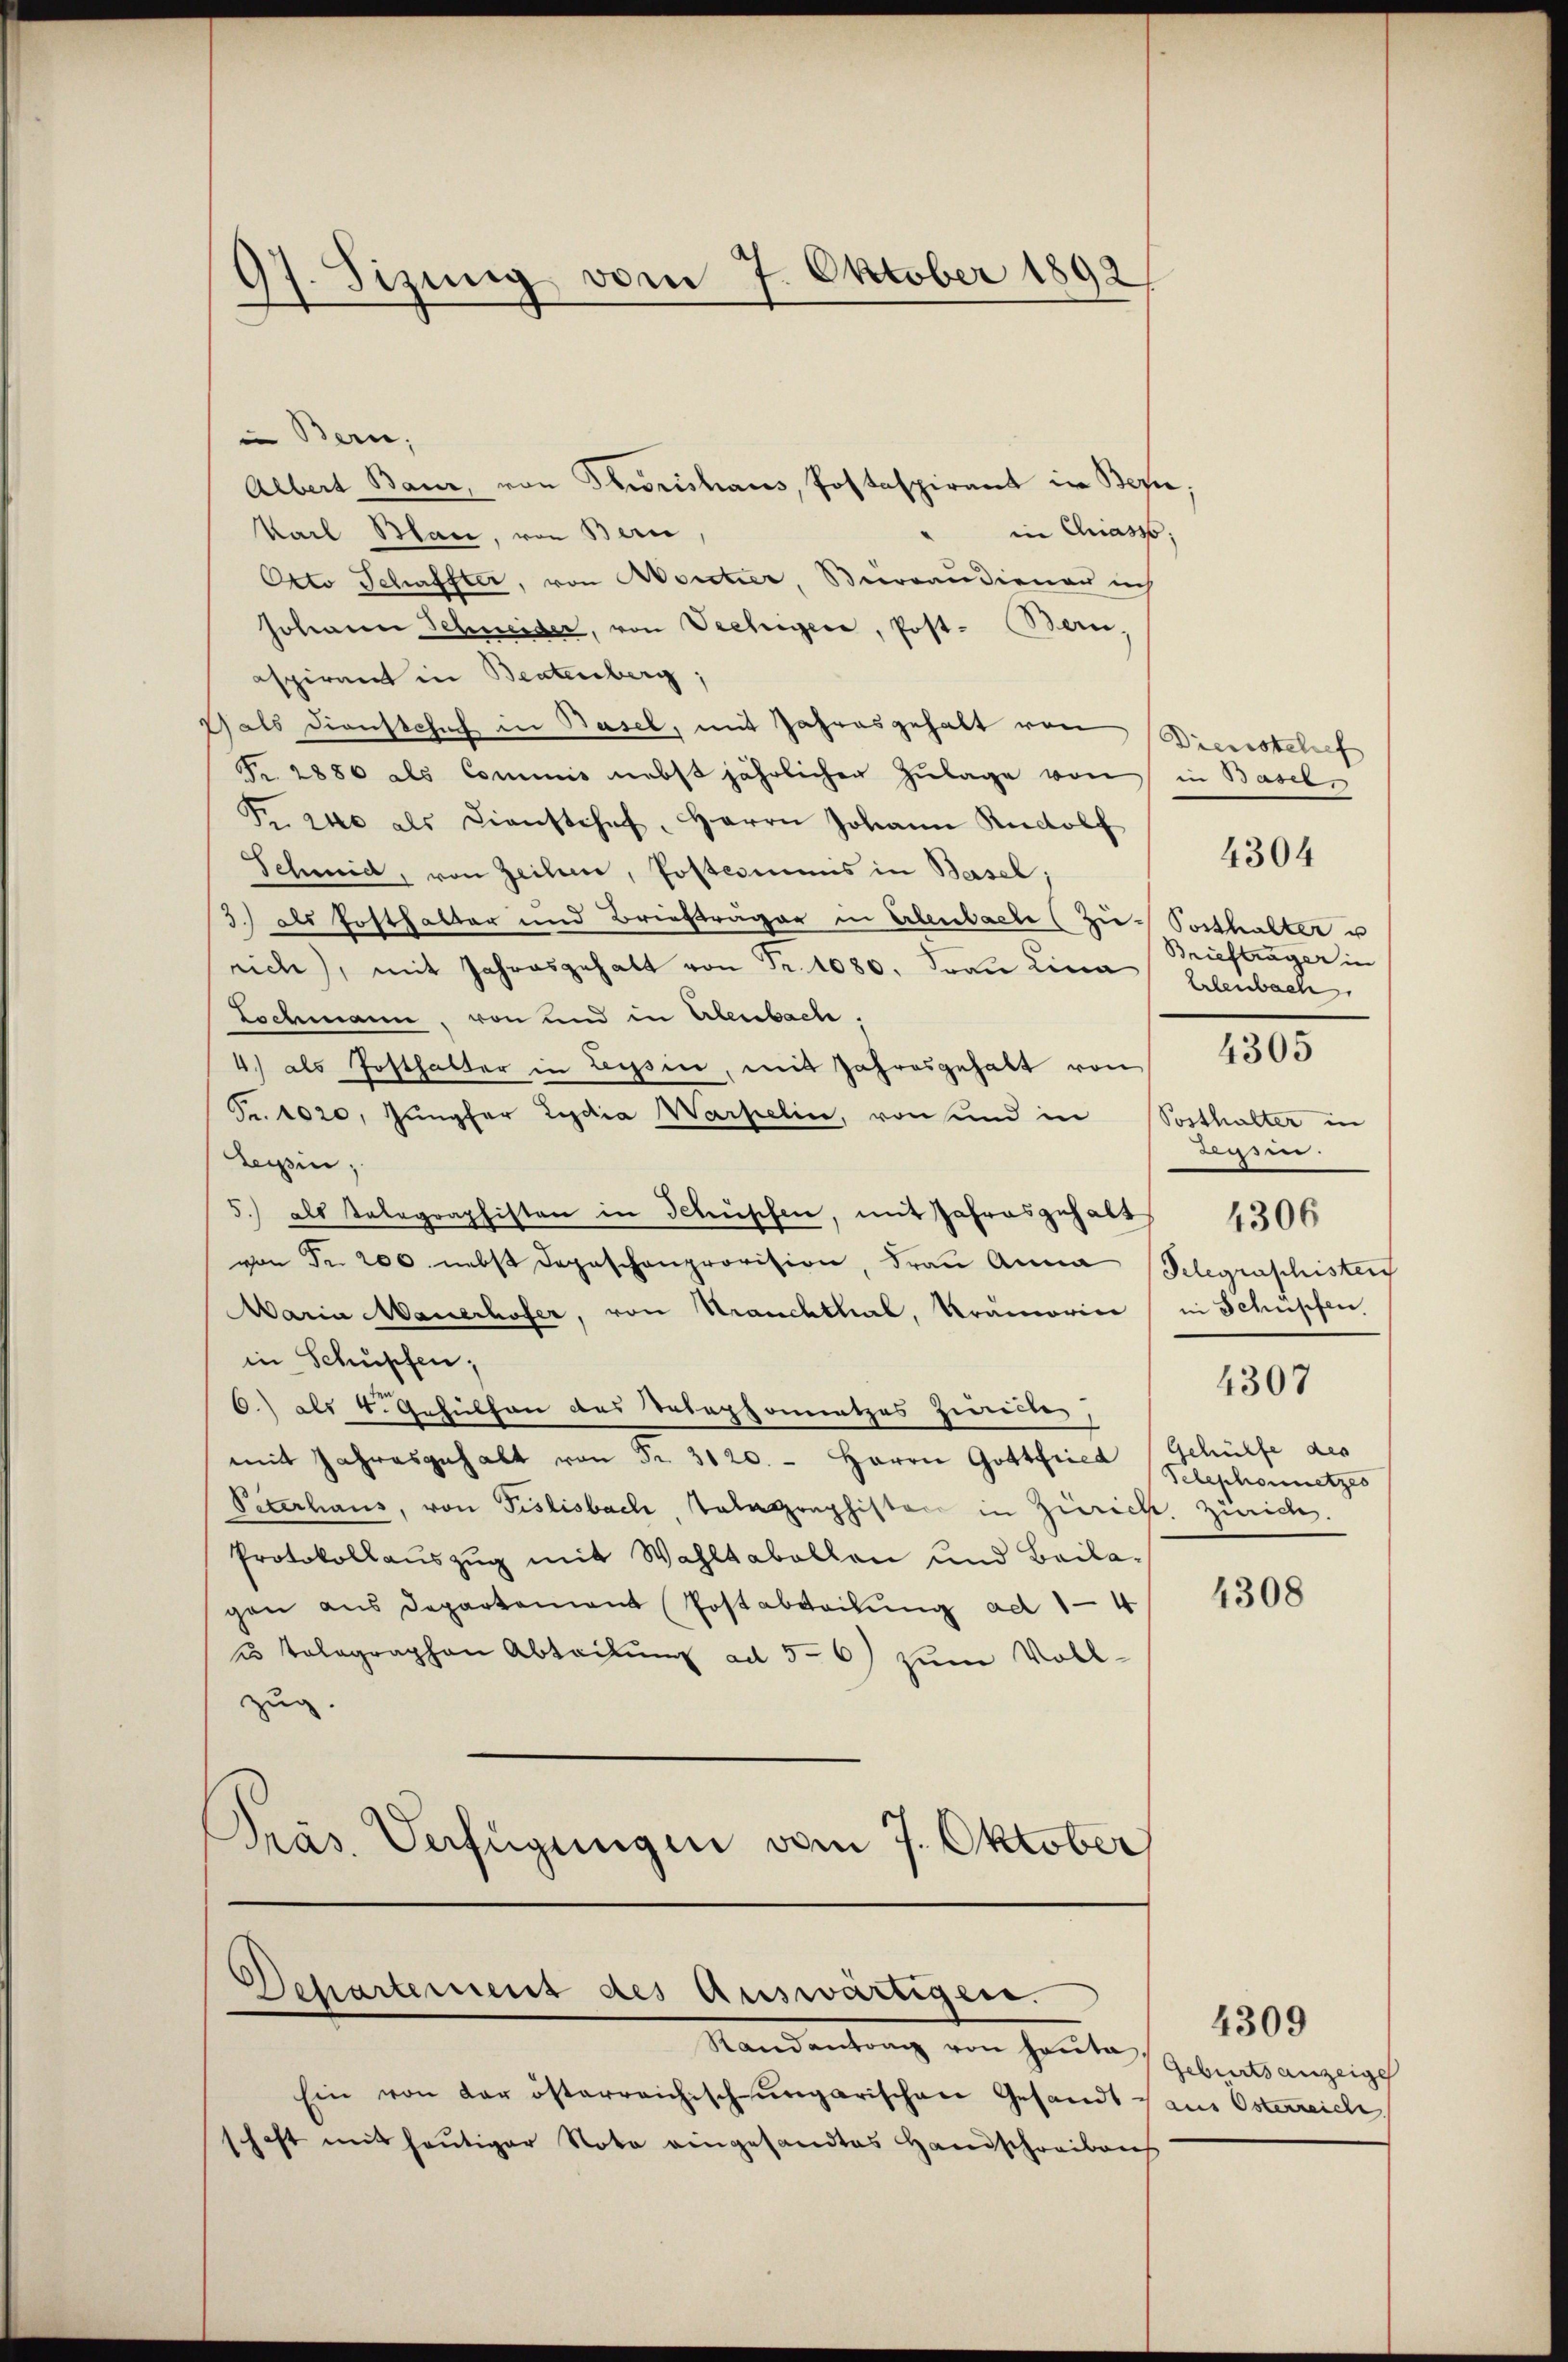
07. Sizung vom 7. Oktober 1892
2

Bern,
Albert Baur, von Dowrishaus, Postaspirant in Bern,
in Chiasso;
Karl Blau, von Bern,
Orto Schaffter, von Aoretier, Bierraudiener ich
Johann Schneider, von Vechigere, Post- Bern.
aspirant in Beatenberg,
Gals Dienstchef in Basel, mit Jahresgehalt von Dienstelief
Nr. 2886 als Commis nebst jährlichen Zulage von in Basel
Fr. 240 als Dienstehet, Herrn Johann Rudolf
Schmid, von Zeilen, Postcommis in Basel
3.) als Posthalter und Briefträger in Erlenbache (Zi-Sosthalter u
rich), mit Jahresgehalt von Fr. 1080. Frau Lina, Erlenbach,
Lochmann, von und in Abenbach,
4) als Posthalter in Leysin, mit Jahresgehalt von
Fr. 1020. Jungfer Lydia Warpelin, von und in
Tessin;
5) als Telegraphisten in Schüschen, mit Jahresgehalt
von Fr. 200. nebst dageschenprovision, drau Anna Telegraschister
Waria Mauerhofer, von Strauchthal, Prämorie (in Schüpfen
in Schüpfen;
0.) als 4. Gehülfen das Telephonetzes ziellen,
mit Jahresgehalt von Fr. 3120. - Herrn Gottfried (Gehülfe des
Peterhaus, von Pislisbach Talagraphisten in Zürich Zürich.
Protokollauszug mit Wahltabellen und Beilagen aus Departement Postabteilung ad 1—4
u tolographen Abteilung ad 56) zum Vollzug.
Präs. Verfügungen vom 7. Oktober,

Departement des Auswärtigen.

Standentrag von Heute Gebracht anzusch
Ein von der österreichisch-ungarischen Gesandt sans Osterreich
schaft mit heutiger Nota eingesandtes Handschreibens

Briefträger in
Posthalter in
lissen.
4306
4307
Telephonnetzes

4304

4305

4308

4309